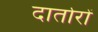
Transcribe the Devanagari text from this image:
दार्तारों